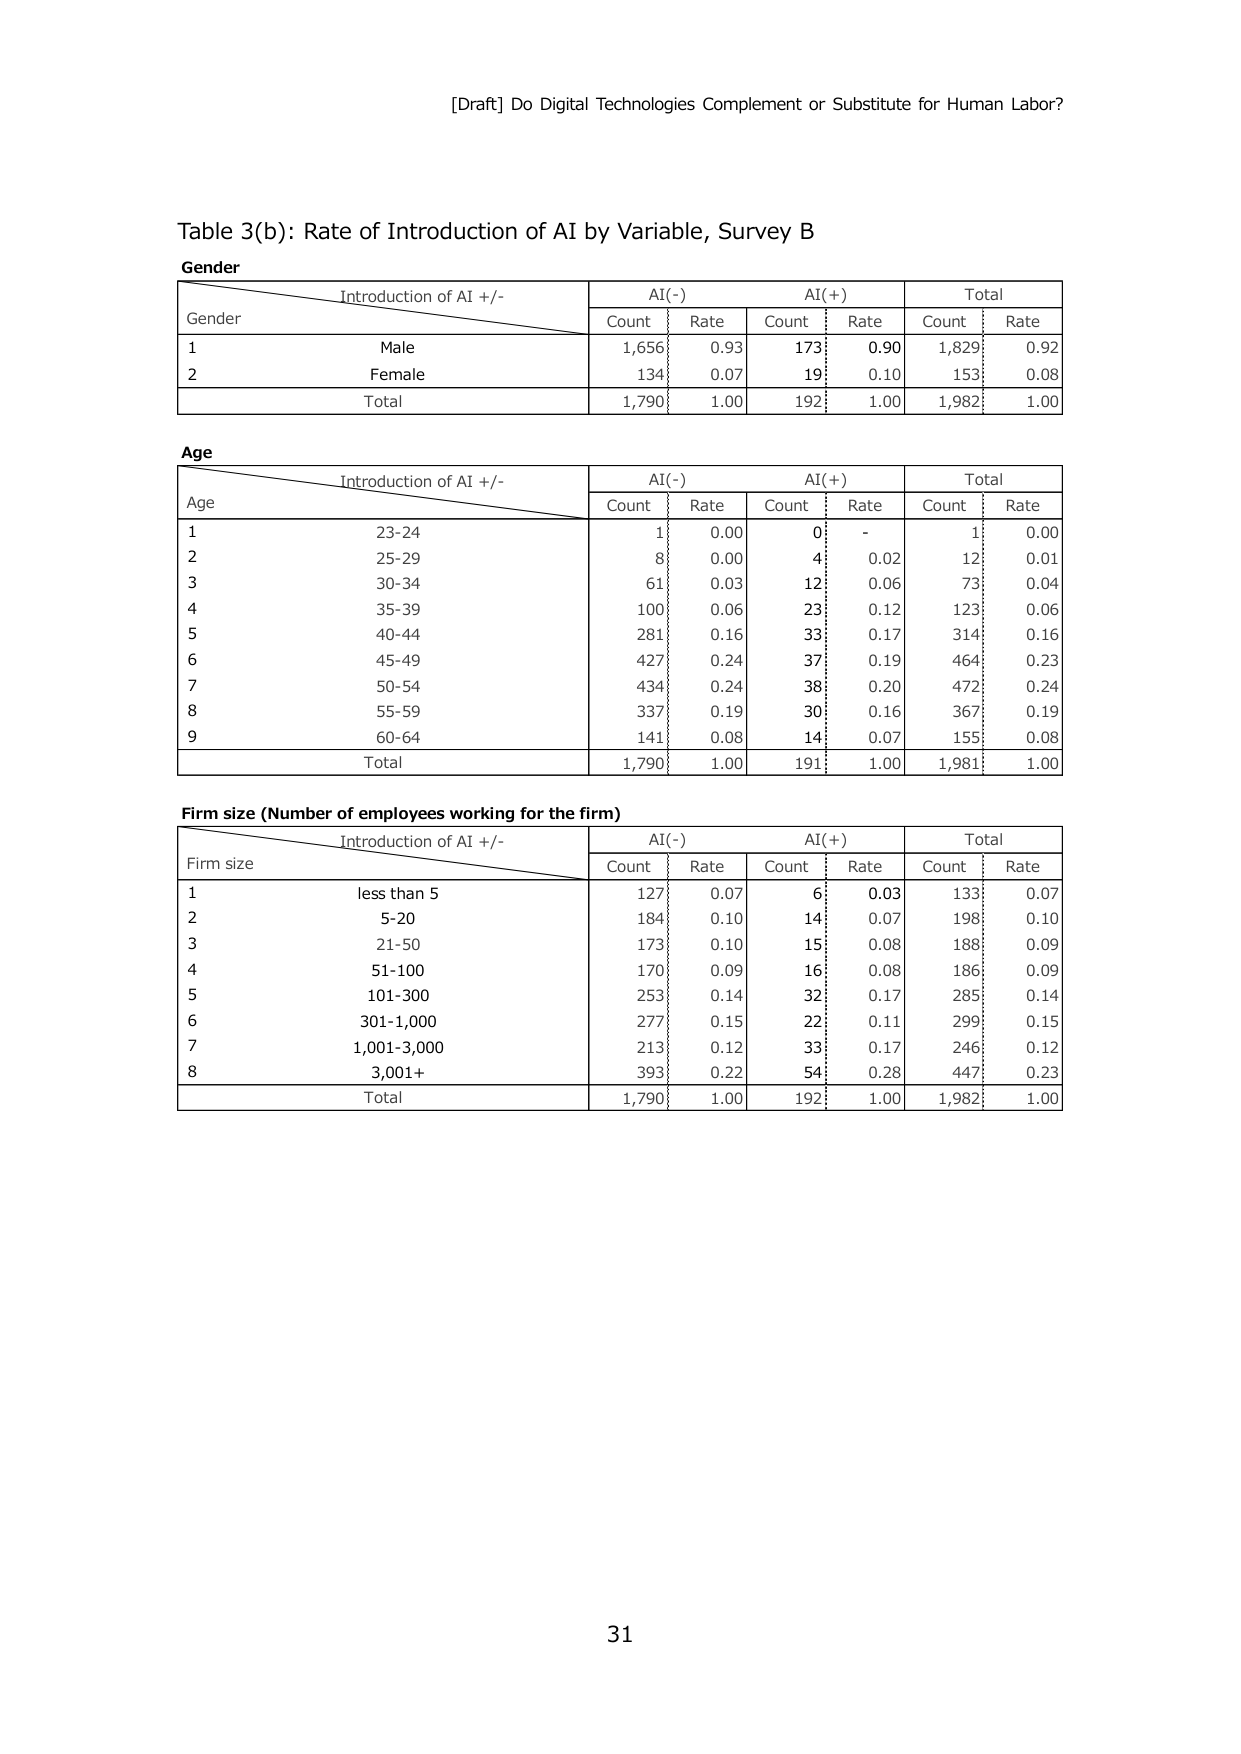
[Draft] Do Digital Technologies Complement or Substitute for Human Labor?

Table 3(b): Rate of Introduction of AI by Variable, Survey B

Gender
Introduction of AI +/-    AI(-)    AI(+)    Total
                          Count    Rate    Count    Rate    Count    Rate
Gender
1    Male                 1,656    0.93    173      0.90    1,829    0.92
2    Female               134      0.07    19       0.10    153      0.08
Total                    1,790    1.00    192      1.00    1,982    1.00

Age
Introduction of AI +/-    AI(-)    AI(+)    Total
                          Count    Rate    Count    Rate    Count    Rate
Age
1    23-24                1        0.00    0        -       1        0.00
2    25-29                8        0.00    4        0.02    12       0.01
3    30-34                61       0.03    12       0.06    73       0.04
4    35-39                100      0.06    23       0.12    123      0.06
5    40-44                281      0.16    33       0.17    314      0.16
6    45-49                427      0.24    37       0.19    464      0.23
7    50-54                434      0.24    38       0.20    472      0.24
8    55-59                337      0.19    30       0.16    367      0.19
9    60-64                141      0.08    14       0.07    155      0.08
Total                    1,790    1.00    191      1.00    1,981    1.00

Firm size (Number of employees working for the firm)
Introduction of AI +/-    AI(-)    AI(+)    Total
                          Count    Rate    Count    Rate    Count    Rate
Firm size
1    less than 5          127      0.07    6        0.03    133      0.07
2    5-20                 184      0.10    14       0.07    198      0.10
3    21-50                173      0.10    15       0.08    188      0.09
4    51-100               170      0.09    16       0.08    186      0.09
5    101-300              253      0.14    32       0.17    285      0.14
6    301-1,000            277      0.15    22       0.11    299      0.15
7    1,001-3,000          213      0.12    33       0.17    246      0.12
8    3,001+               393      0.22    54       0.28    447      0.23
Total                    1,790    1.00    192      1.00    1,982    1.00

31